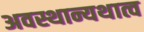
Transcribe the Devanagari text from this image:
अवस्थान्यथात्व